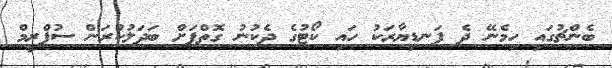
ބެންޗުގައި ހިމެނޭ ދެ ފަނޑިޔާރަކު ހައި ކޯޓުގެ ދެކުނު ގޮތްޕަށް ބަދަލުކުރަން ސުޕްރީމް